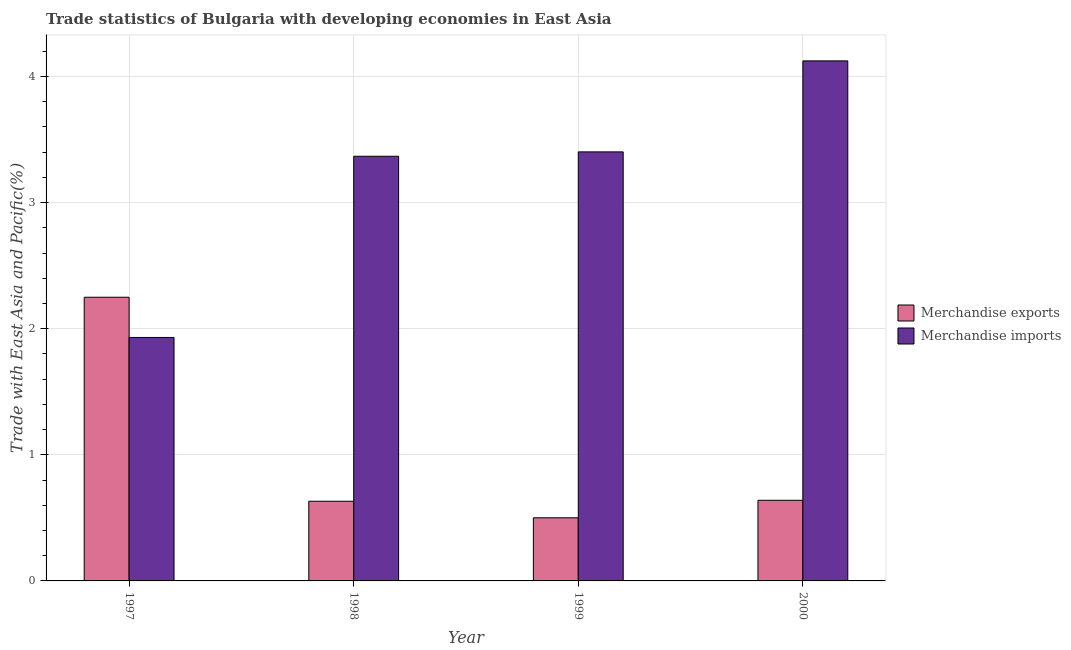
| Year | Merchandise exports | Merchandise imports |
 | --- | --- | --- |
 | 1997 | 2.25 | 1.93 |
 | 1998 | 0.632 | 3.37 |
 | 1999 | 0.501 | 3.4 |
 | 2000 | 0.639 | 4.12 |